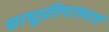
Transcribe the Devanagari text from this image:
साधूप्रतिपालनार्थ